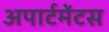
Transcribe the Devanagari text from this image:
अपार्टमेंटस